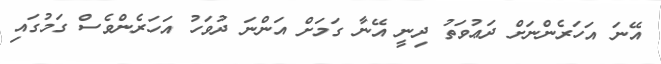
އޭނަ އަހަރެންނަށް ދަޢުވަތު ދިނީ އޭނާ ގަމަށް އަންނަ ދުވަހު އަހަރެންވެސް ގަމުގައި